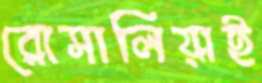
রোসালিয়াই